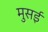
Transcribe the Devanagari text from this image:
मुसई